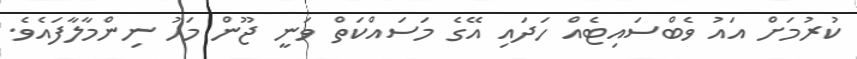
ކުރުމަށް އައު ވެބްސައިޓެއް ހަދައި އޭގެ މަސައްކަތް ވަނީ ޖޫން މަހު ނިންމާލާފައެވެ.